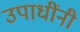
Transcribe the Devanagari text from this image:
उपाधींनी